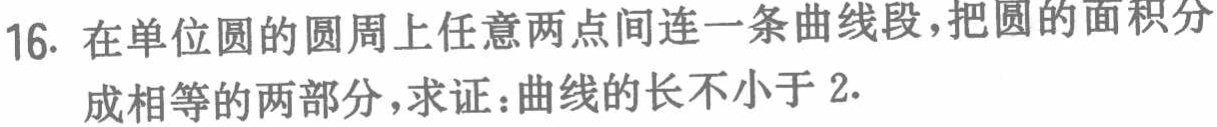
16. 在单位圆的圆周上任意两点间连一条曲线段，把圆的面积分成相等的两部分，求证：曲线的长不小于 2.